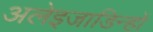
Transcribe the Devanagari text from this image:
अलेइजाडिन्हों